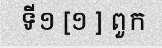
ទី១ [១ ] ពួក